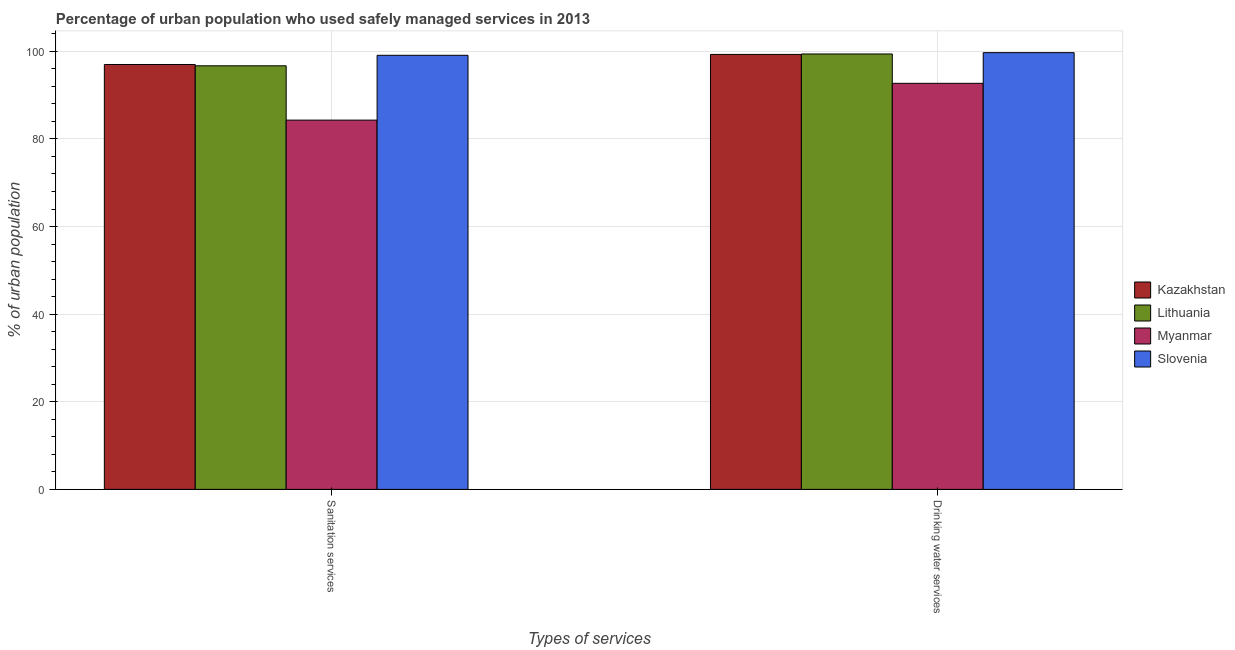
| Types of services | Kazakhstan | Lithuania | Myanmar | Slovenia |
 | --- | --- | --- | --- | --- |
 | Sanitation services | 97 | 96.7 | 84.3 | 99.1 |
 | Drinking water services | 99.3 | 99.4 | 92.7 | 99.7 |